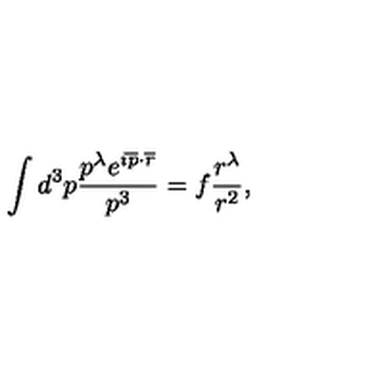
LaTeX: \int d ^ { 3 } p \frac { p ^ { \lambda } e ^ { i \overline { { p } } \cdot \overline { { r } } } } { p ^ { 3 } } = f \frac { r ^ { \lambda } } { r ^ { 2 } } ,